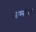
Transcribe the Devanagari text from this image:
तम्बोरा